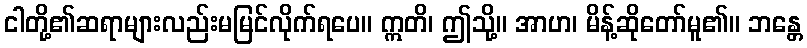
ငါတို့၏ဆရာများလည်းမမြင်လိုက်ရပေ။ ဣတိ၊ ဤသို့။ အာဟ၊ မိန့်ဆိုတော်မူ၏။ ဘန္တေ